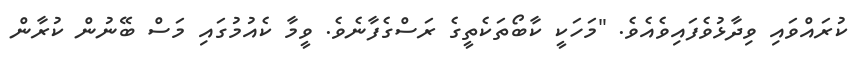
ކުރައްވައި ވިދާޅުވެފައިވެއެވެ. "މަހަކީ ކާބޯތަކެތީގެ ރަސްގެފާނެވެ. ވީމާ ކެއުމުގައި މަސް ބޭނުން ކުރާން